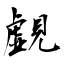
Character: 覷